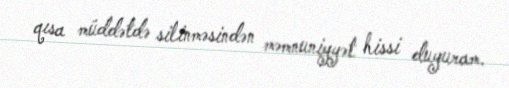
qısa müddətdə silinməsindən məmnuniyyət hissi duyuram.